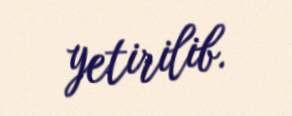
yetirilib.